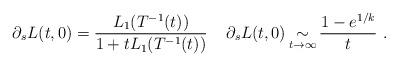
LaTeX: \begin{align*}\partial_s L(t,0) = \frac{L_1(T^{-1}(t))}{1+ t L_1(T^{-1}(t))} \;\;\;\; \partial_s L(t,0) \mathop{\sim}_{t\to\infty} \frac{1-e^{1/k}}{t}\ . \end{align*}